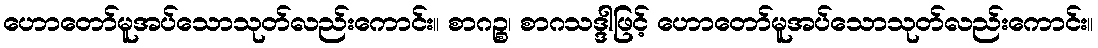
ဟောတော်မူအပ်သောသုတ်လည်းကောင်း။ စာဂဉ္စ၊ စာဂသဒ္ဒါဖြင့် ဟောတော်မူအပ်သောသုတ်လည်းကောင်း။